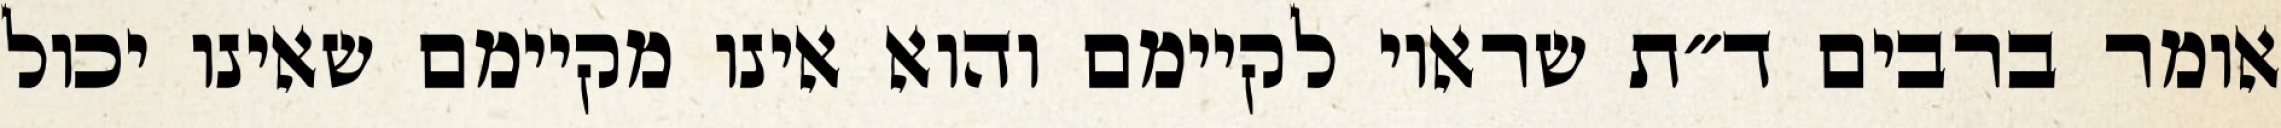
אומר ברבים ד״ת שראוי לקיימם והוא אינו מקיימם שאינו יכול